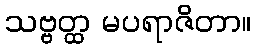
သဗ္ဗတ္ထ မပရာဇိတာ။